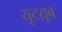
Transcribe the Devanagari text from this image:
यूटय़ूब